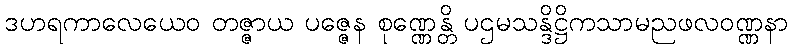
ဒဟရကာလေယေဝ တဇ္ဇာယ ပဇ္ဇေန စုဏ္ဏေန္တိ ပဌမသန္ဒိဋ္ဌိကသာမညဖလဝဏ္ဏနာ